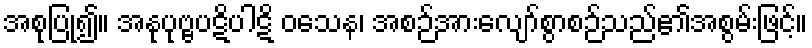
အစုပြု၍။ အနုပုဗ္ဗပဋိပါဋိ ဝသေန၊ အစဉ်အားလျော်စွာစဉ်သည်၏အစွမ်းဖြင့်။